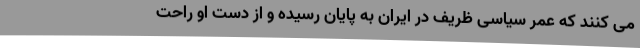
می کنند که عمر سیاسی ظریف در ایران به پایان رسیده و از دست او راحت